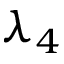
\lambda _ { 4 }